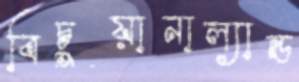
বিচুয়ানাল্যান্ড